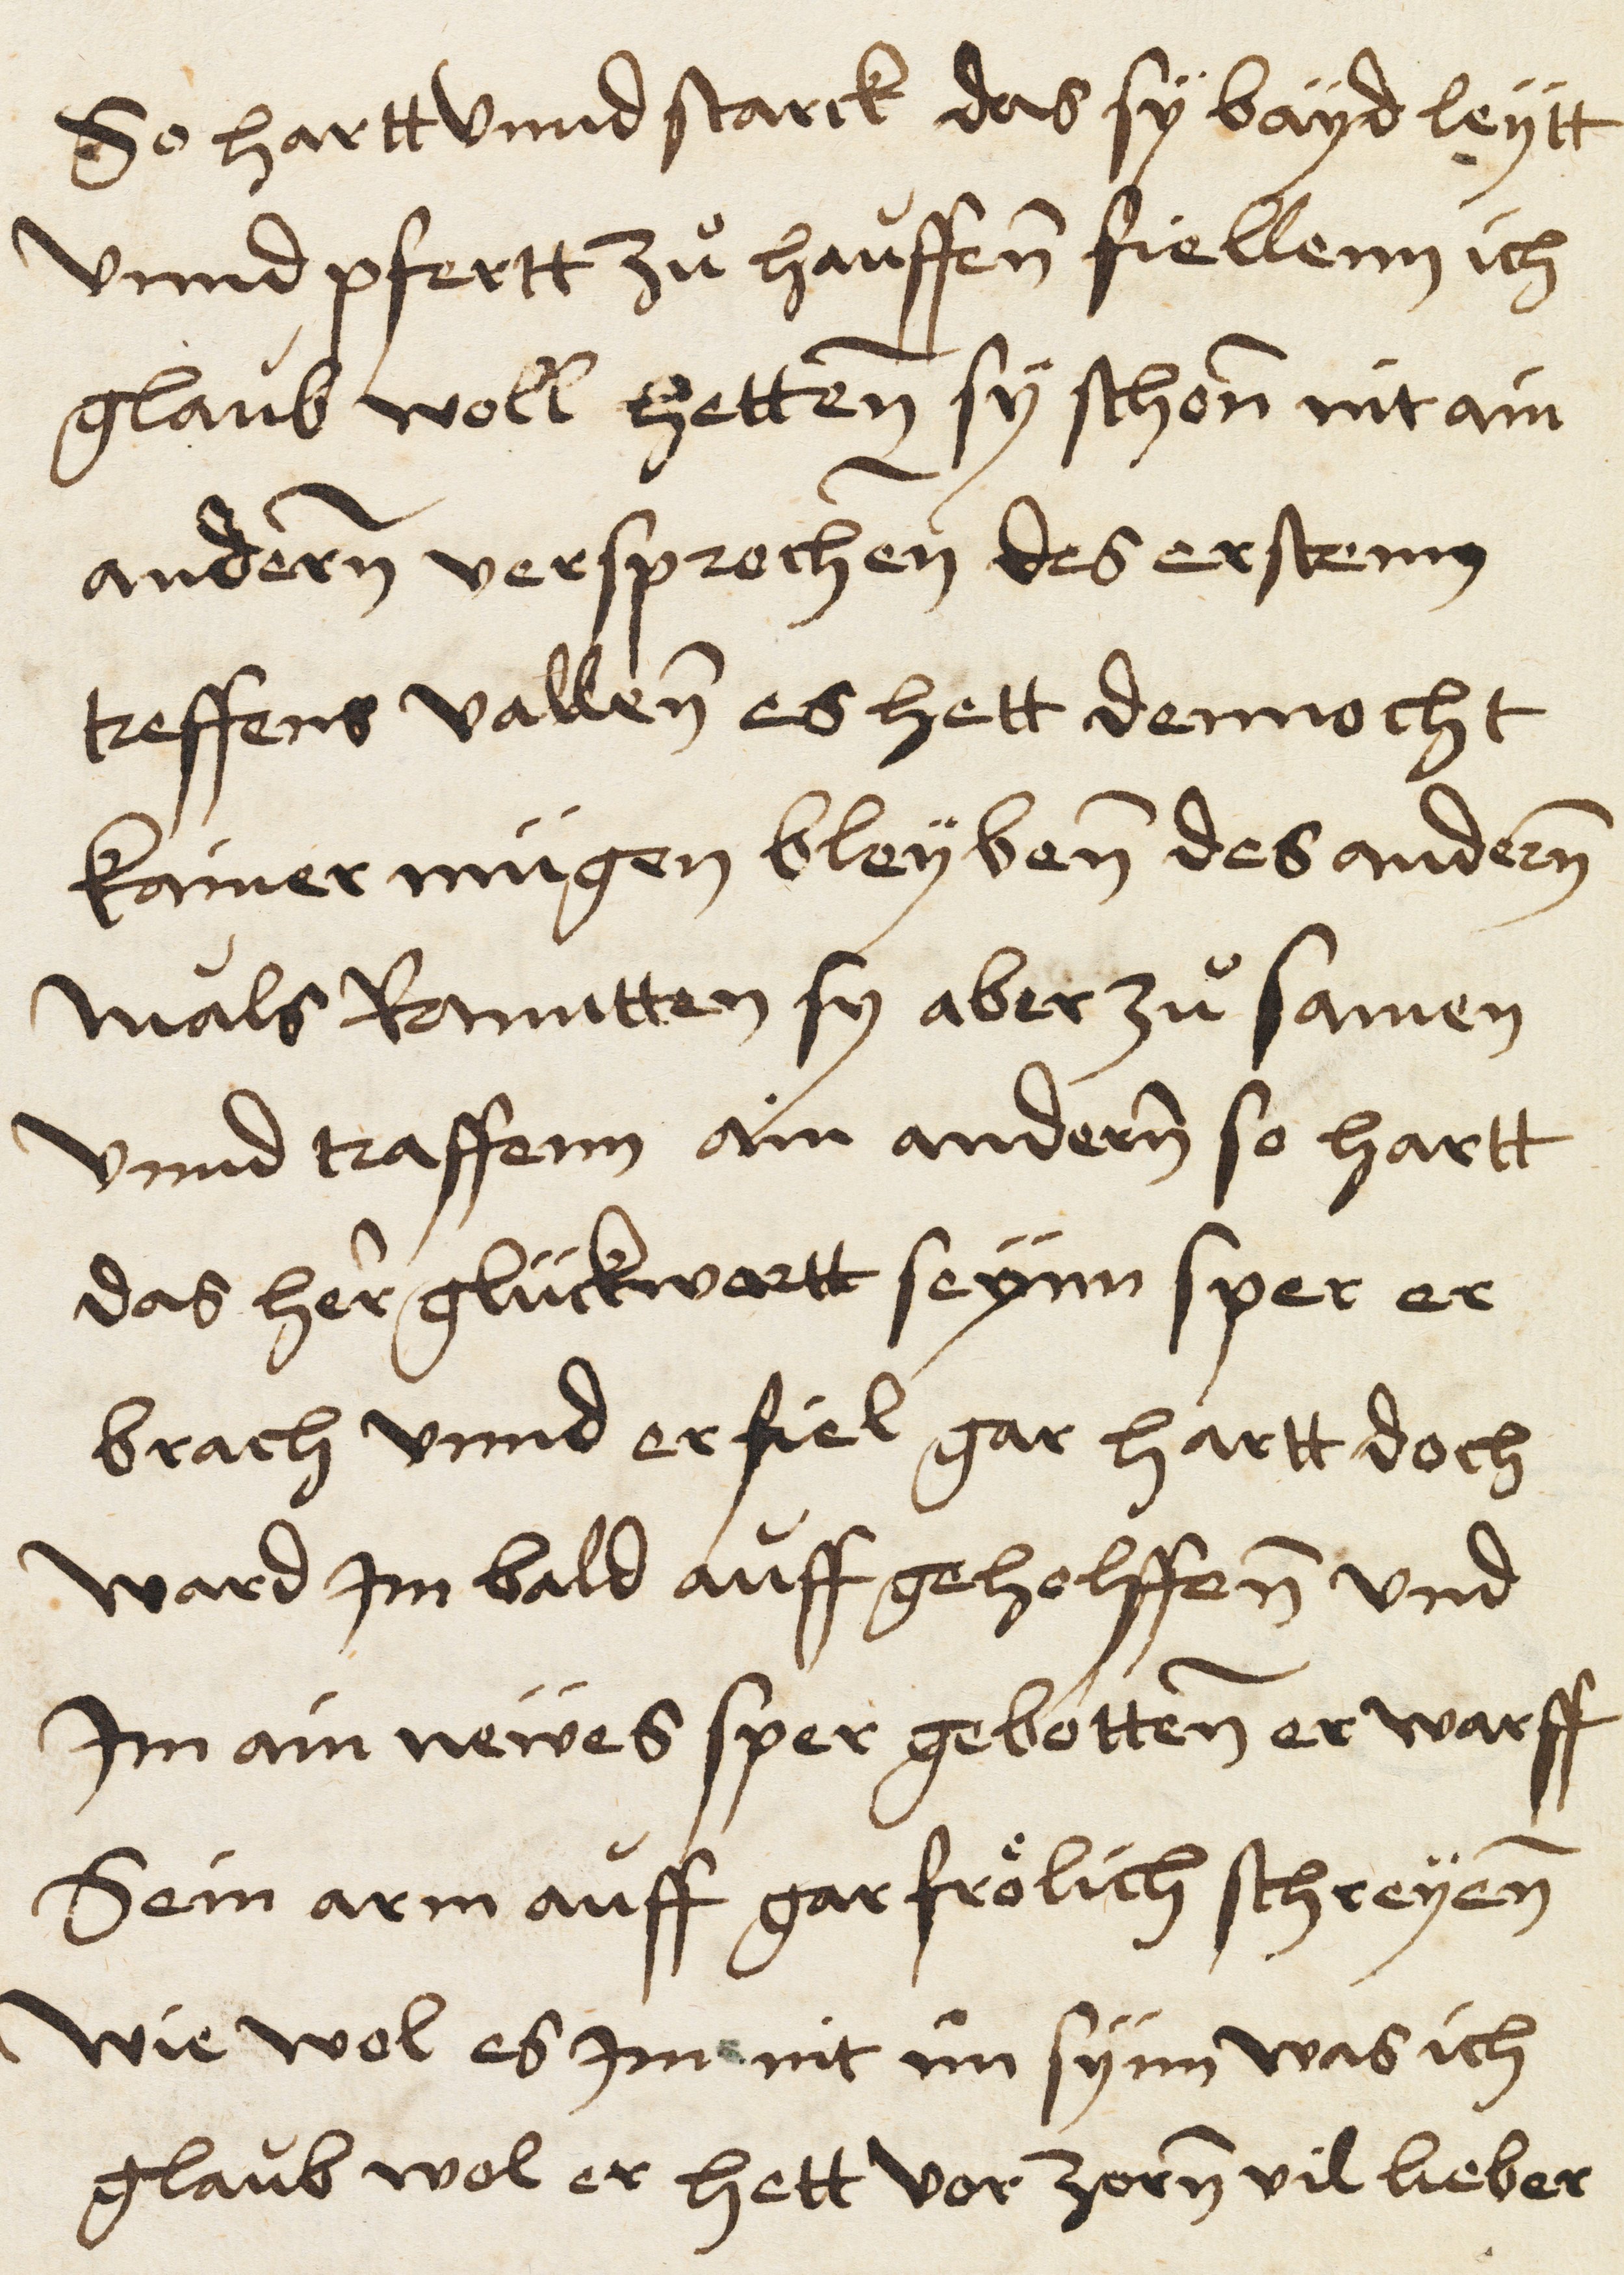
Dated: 1521–1521